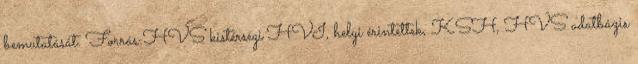
bemutatását. Forrás:HVS kistérségi HVI, helyi érintettek, KSH, HVS adatbázis